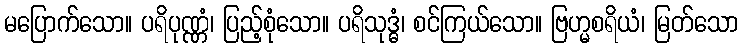
မပြောက်သော။ ပရိပုဏ္ဏံ၊ ပြည့်စုံသော။ ပရိသုဒ္ဓံ၊ စင်ကြယ်သော။ ဗြဟ္မစရိယံ၊ မြတ်သော